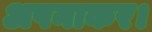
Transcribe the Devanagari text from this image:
अपनाकर।